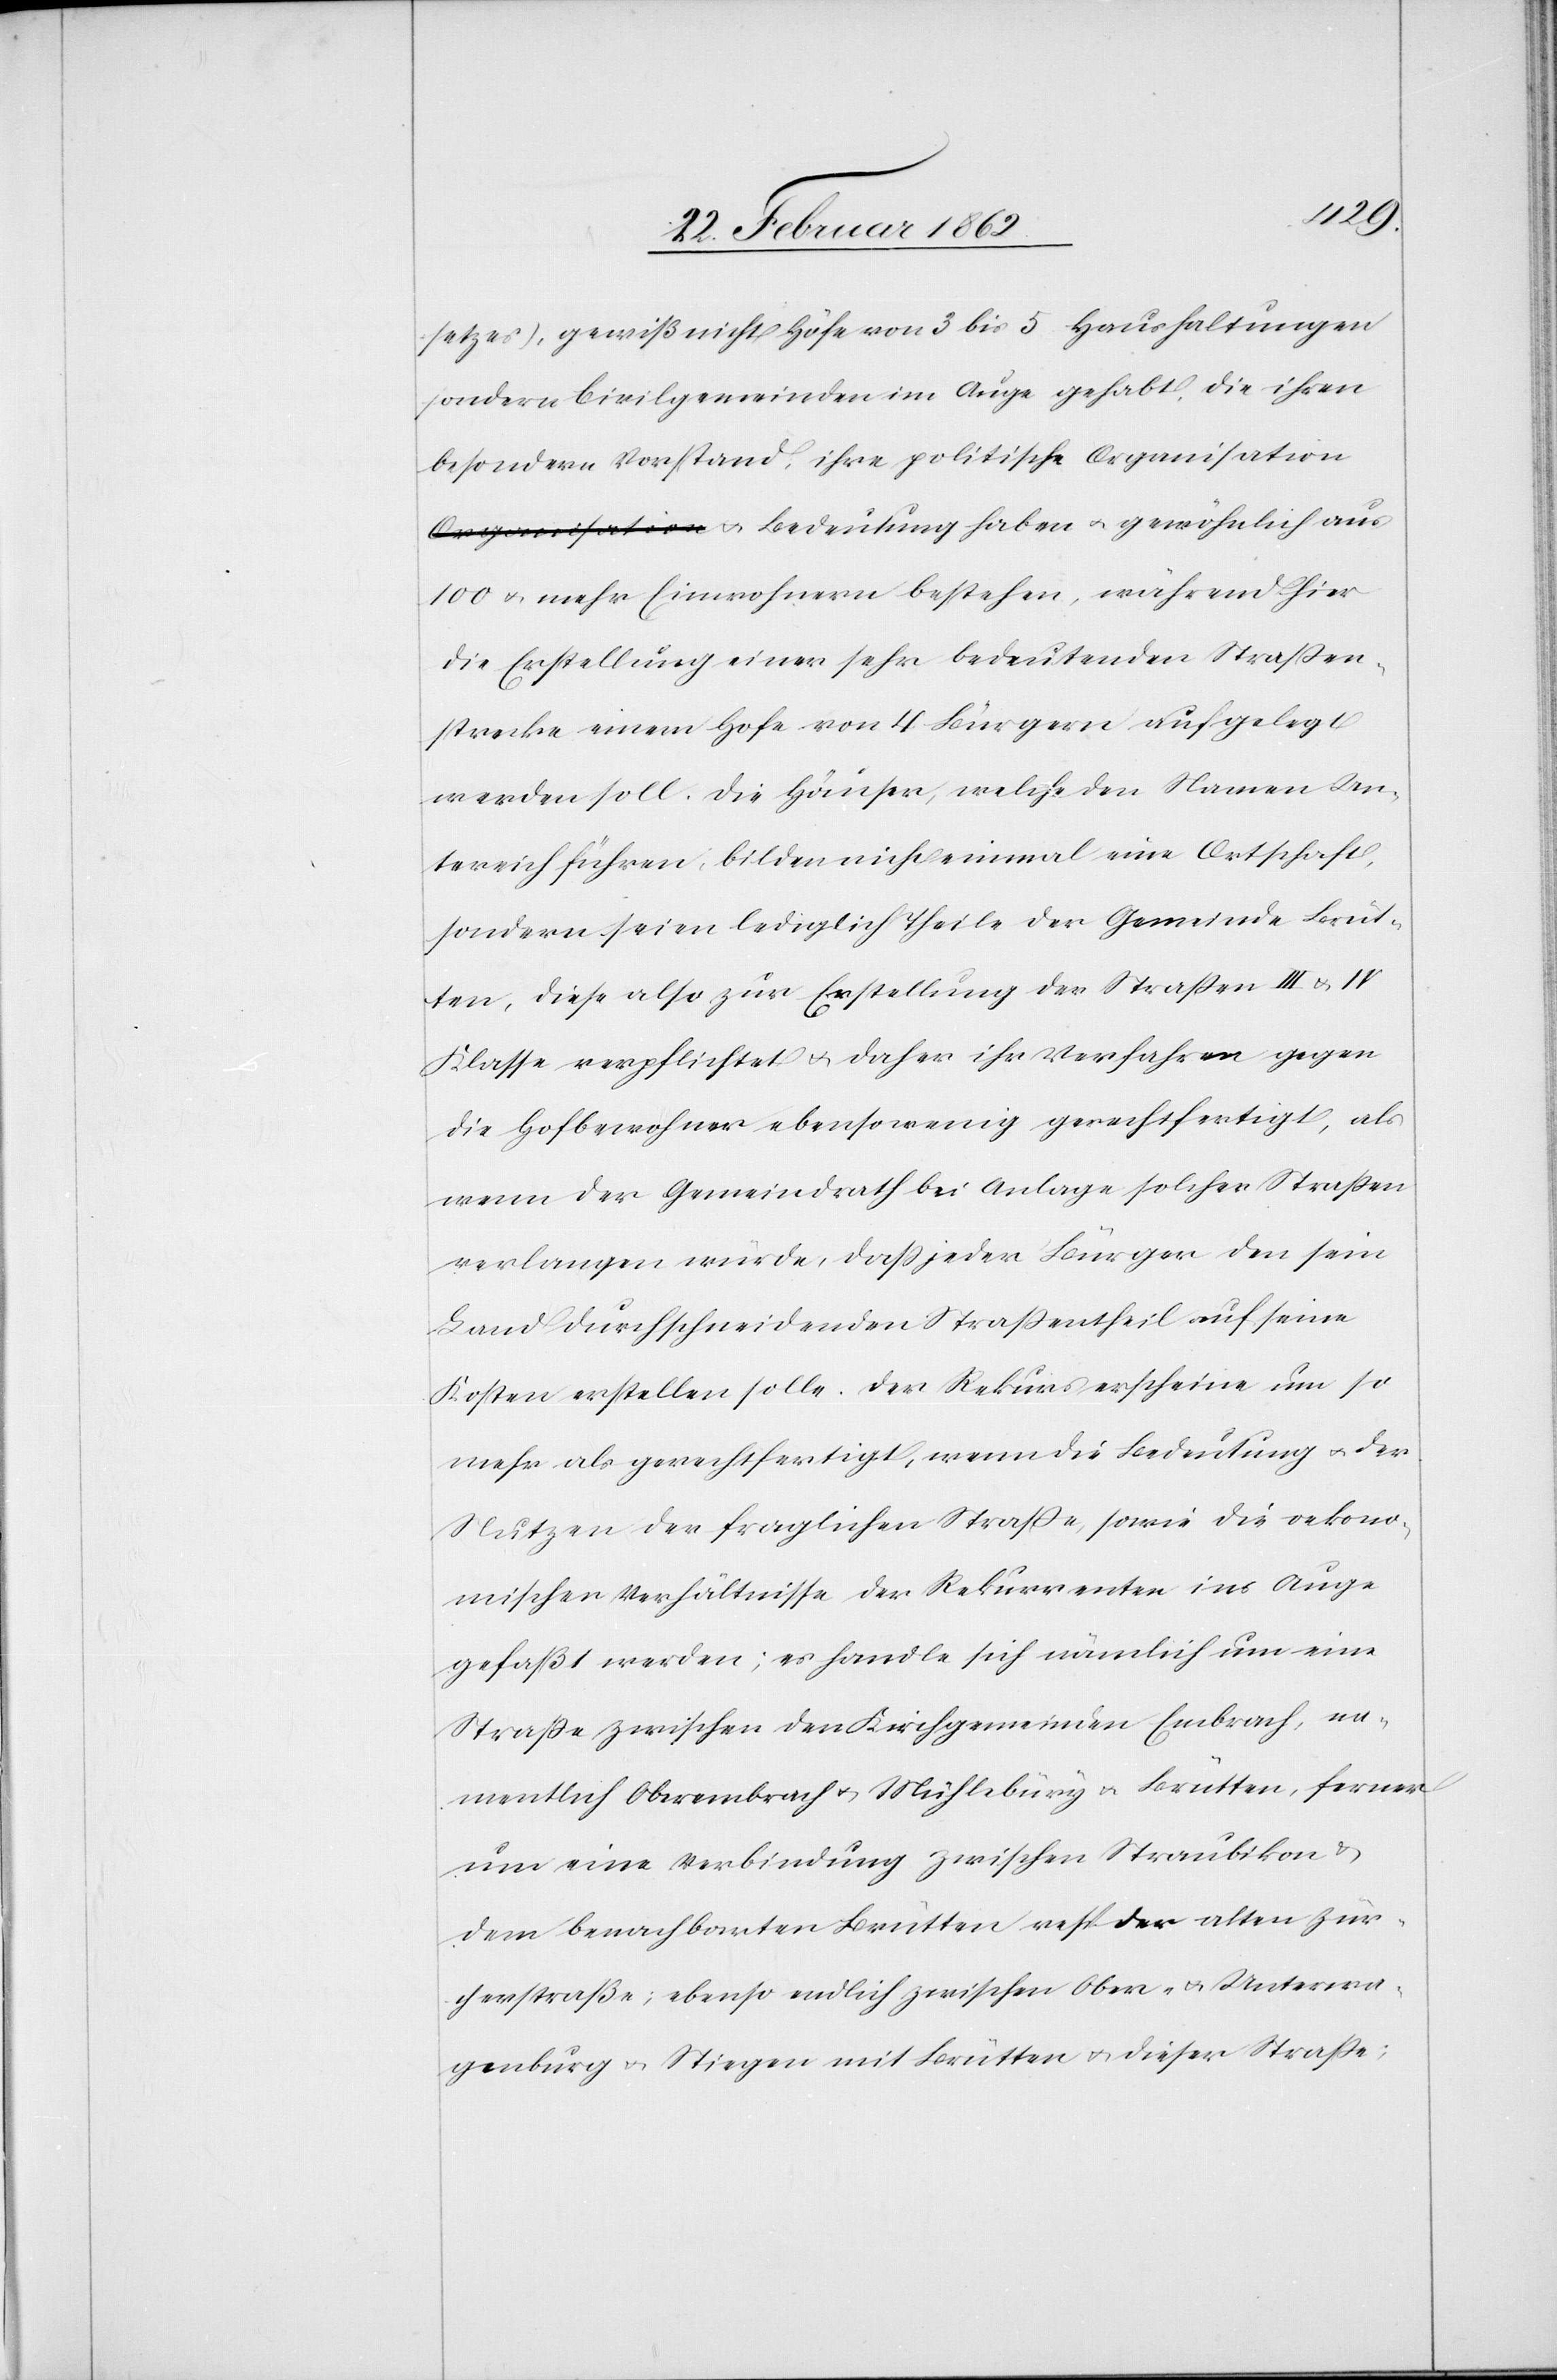
setzes), gewiß nicht Höfe von 3 bis 5 Haushaltungen
sondern Civilgemeinden im Auge gehabt, die ihren
besondern Vorstand, ihre politische Organisation
u. Bedeutung haben u. gewöhnlich aus
100 u. mehr Einwohnern bestehen, während hier
die Erstellung einer sehr bedeutenden Straßen¬
strecke einem Hofe von 4 Bürgern aufgelegt
werden soll. Die Häuser, welche den Namen Un¬
tereich führen, bilden nicht einmal eine Ortschaft,
sondern seien lediglich Theile der Gemeinde Brüt¬
ten, diese also zur Erstellung der Straßen III & IV
Klasse verpflichtet u. daher ihr Verfahren gegen
die Hofbewohner ebensowenig gerechtfertigt, als
wenn der Gemeindrath bei Anlage solcher Straßen
verlangen würde, daß jeder Bürger den sein
Land durchschneidenden Straßentheil auf seine
Kosten erstellen solle. Der Rekurs erscheine um so
mehr als gerechtfertigt, wenn die Bedeutung u. der
Nutzen der fraglichen Straße, sowie die oekono¬
mischen Verhältnisse der Rekurrenten ins Auge
gefaßt werden; es handlich sich nämlich um eine
Straße zwischen den Kirchgemeinden Embrach, na¬
mentlich Oberembrach u. Mühlebüry [sic!] u. Brütten, ferner
um eine Verbindung zwischen Straubikon &
dem benachbarten Brütten resp der alten Zür¬
cherstraße; ebenso endlich zwischen Ober- u. Unterwa¬
genburg u. Stiegen mit Brütten u. dieser Straße;